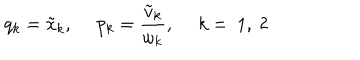
q _ { k } = \tilde { x } _ { k } , ~ ~ p _ { k } = \frac { \tilde { v } _ { k } } { \omega _ { k } } , ~ ~ k = ~ 1 , ~ 2